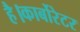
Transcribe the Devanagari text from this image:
है।कार्बोरेटर